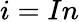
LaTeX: i=In